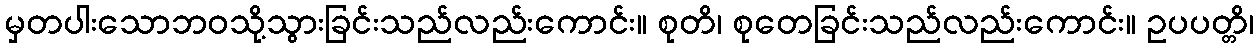
မှတပါးသောဘဝသို့သွားခြင်းသည်လည်းကောင်း။ စုတိ၊ စုတေခြင်းသည်လည်းကောင်း။ ဥပပတ္တိ၊